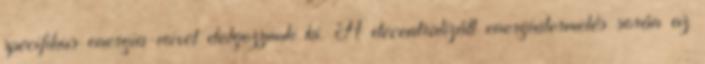
specifikus energia-mixet dolgozzunk ki. A decentralizált energiatermelés során az